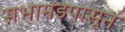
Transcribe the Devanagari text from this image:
सभामंडपासून